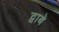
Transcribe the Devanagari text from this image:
द्वाबे